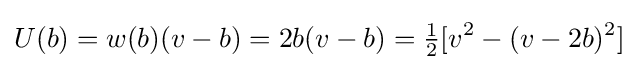
U(b)=w(b)(v-b)=2b(v-b)={\tfrac {1}{2}}[v^{2}-(v-2b)^{2}]